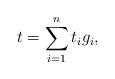
LaTeX: \begin{align*}t = \sum_{i=1}^n t_i g_i , \end{align*}